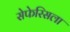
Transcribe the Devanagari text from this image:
सेफेरिसला